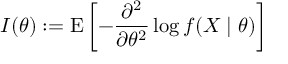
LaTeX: { \cal { I } } ( \theta ) : = \operatorname { E } \left[ - { \frac { \partial ^ { 2 } } { \partial \theta ^ { 2 } } } \log f ( X \mid \theta ) \right]